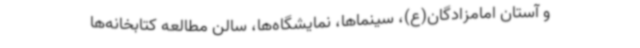
و آستان امامزادگان(ع)، سینماها، نمایشگاه‌ها، سالن مطالعه کتابخانه‌ها